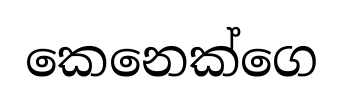
කෙනෙක්ගෙ